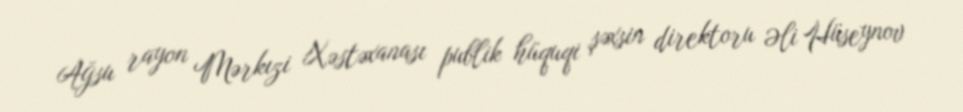
Ağsu rayon Mərkızi Xəstəxanası publik hüquqi şəxsin direktoru Əli Hüseynov